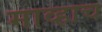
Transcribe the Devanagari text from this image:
माव्हाच